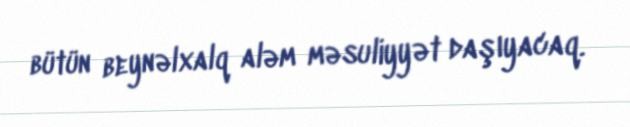
bütün beynəlxalq aləm məsuliyyət daşıyacaq.